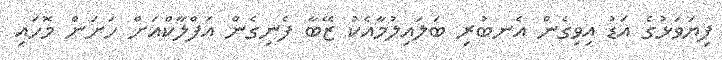
ފިޔަވަޅުގެ އަޑު އިވިގެން އެނބުރި ބަލައިލުމާއެކު ޒޭބާ ފެނިގެން އަފްލާކްއަށް ހަށަން މޮހައި